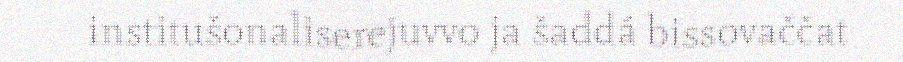
institušonaliserejuvvo ja šaddá bissovaččat